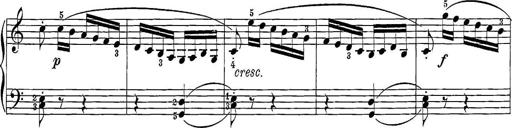
Title: 12 Sonatine per Pianoforte
Composer: Friedrich Kuhlau